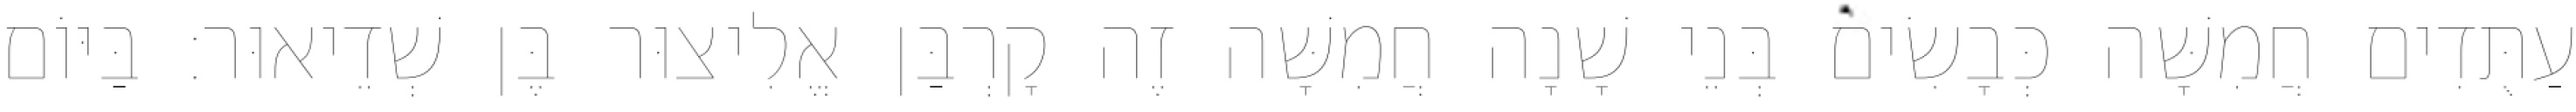
עַתֻּדִים חֲמִשָּׁה כְּבָשִׂים בְּנֵי שָׁנָה חֲמִשָּׁה זֶה קָרְבַּן אֱלִיצוּר בֶּן שְׁדֵיאוּר׃ בַּיּוֹם